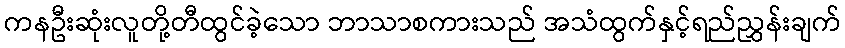
ကနဦးဆုံးလူတို့တီထွင်ခဲ့သော ဘာသာစကားသည် အသံထွက်နှင့်ရည်ညွှန်းချက်